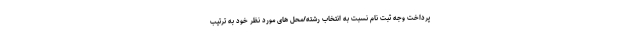
پرداخت وجه ثبت نام نسبت به انتخاب رشته/محل های مورد نظر خود به ترتیب